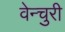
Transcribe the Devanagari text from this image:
वेन्चुरी